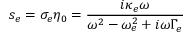
s _ { e } = \sigma _ { e } \eta _ { 0 } = \frac { i \kappa _ { e } \omega } { \omega ^ { 2 } - \omega _ { e } ^ { 2 } + i \omega \Gamma _ { e } }